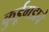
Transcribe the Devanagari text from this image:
कुर्डूगडाचे